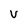
Character: v